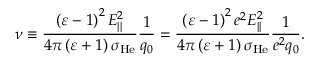
\nu \equiv \frac { \left( \varepsilon - 1 \right) ^ { 2 } E _ { | | } ^ { 2 } } { 4 \pi \left( \varepsilon + 1 \right) \sigma _ { \mathrm { H e } } } \frac { 1 } { q _ { 0 } } = \frac { \left( \varepsilon - 1 \right) ^ { 2 } e ^ { 2 } E _ { | | } ^ { 2 } } { 4 \pi \left( \varepsilon + 1 \right) \sigma _ { \mathrm { H e } } } \frac { 1 } { e ^ { 2 } q _ { 0 } } .